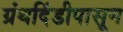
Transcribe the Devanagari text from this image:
ग्रंथदिंडीपासून